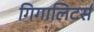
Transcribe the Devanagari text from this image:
गिगालिटर्स